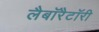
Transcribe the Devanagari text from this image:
लैबाॅरैटाॅरी